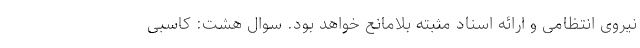
نیروی انتظامی و ارائه اسناد مثبته بلامانع خواهد بود. سوال هشت: کاسبی